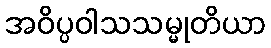
အဝိပ္ပဝါသသမ္မုတိယာ